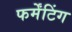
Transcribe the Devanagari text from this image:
फर्मेंटिंग